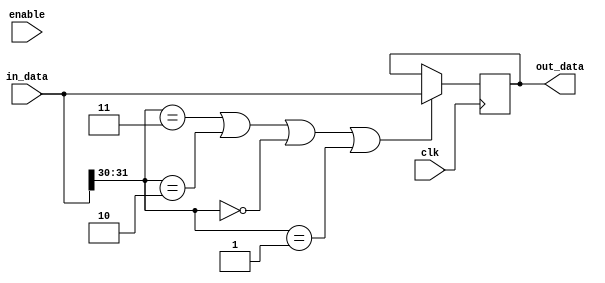

module dff_enable(in_data,enable,out_data,clk);
parameter Width=32;
input [Width-1:0] in_data;
input enable,clk;
output reg [Width-1:0] out_data;

always @(posedge clk)begin
      
      if(in_data[31:30] == 2'b11 ||in_data[31:30] == 2'b10 ||in_data[31:30] == 2'b00 ||in_data[31:30] == 2'b01 )
      out_data <= in_data;
      else if(enable)
        out_data <= out_data;
end

endmodule